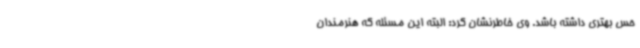
حس بهتری داشته‌ باشد. وی خاطرنشان کرد: البته این مسئله که هنرمندان